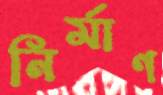
নির্মাণ